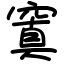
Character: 窴